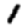
Digit: 1